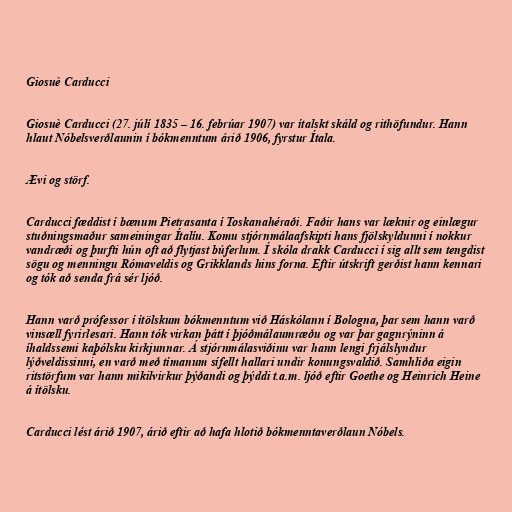
Giosuè Carducci

Giosuè Carducci (27. júlí 1835 – 16. febrúar 1907) var ítalskt skáld og rithöfundur. Hann
hlaut Nóbelsverðlaunin í bókmenntum árið 1906, fyrstur Ítala.

Ævi og störf.

Carducci fæddist í bænum Pietrasanta í Toskanahéraði. Faðir hans var læknir og einlægur
stuðningsmaður sameiningar Ítalíu. Komu stjórnmálaafskipti hans fjölskyldunni í nokkur
vandræði og þurfti hún oft að flytjast búferlum. Í skóla drakk Carducci í sig allt sem tengdist
sögu og menningu Rómaveldis og Grikklands hins forna. Eftir útskrift gerðist hann kennari
og tók að senda frá sér ljóð.

Hann varð prófessor í ítölskum bókmenntum við Háskólann í Bologna, þar sem hann varð
vinsæll fyrirlesari. Hann tók virkan þátt í þjóðmálaumræðu og var þar gagnrýninn á
íhaldssemi kaþólsku kirkjunnar. Á stjórnmálasviðinu var hann lengi frjálslyndur
lýðveldissinni, en varð með tímanum sífellt hallari undir konungsvaldið. Samhliða eigin
ritstörfum var hann mikilvirkur þýðandi og þýddi t.a.m. ljóð eftir Goethe og Heinrich Heine
á ítölsku.

Carducci lést árið 1907, árið eftir að hafa hlotið bókmenntaverðlaun Nóbels.